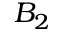
B _ { 2 }